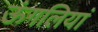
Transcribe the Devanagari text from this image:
ऊंगलियां